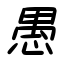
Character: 愚